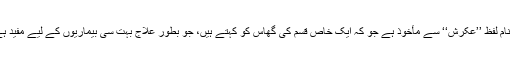
یہ نام لفظ ’’عکرش‘‘ سے مأخوذ ہے جو کہ ایک خاص قسم کی گھاس کو کہتے ہیں، جو بطورِ علاج بہت سی بیماریوں کے لیے مفید ہے۔